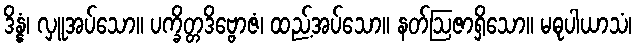
ဒိန္နံ၊ လှူအပ်သော။ ပက္ခိတ္တဒိဗ္ဗောဇံ၊ ထည့်အပ်သော။ နတ်ဩဇာရှိသော။ မဓုပါယာသံ၊